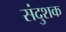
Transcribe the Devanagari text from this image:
संदुशक